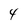
Character: 4